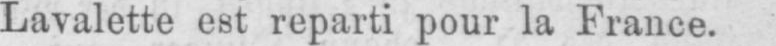
Lavalette est reparti pour la France.